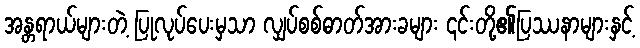
အန္တရာယ်များတဲ့ ပြုလုပ်ပေးမှသာ လျှပ်စစ်ဓာတ်အားခများ ၎င်းတို့၏ပြဿနာများနှင့်